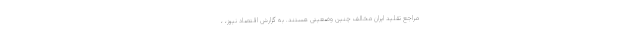
مراجع تقلید ایران مخالف چنین وضعیتی هستند. به گزارش اقتصاد نیوز، ،